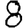
Digit: 8